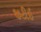
જીટીઈ